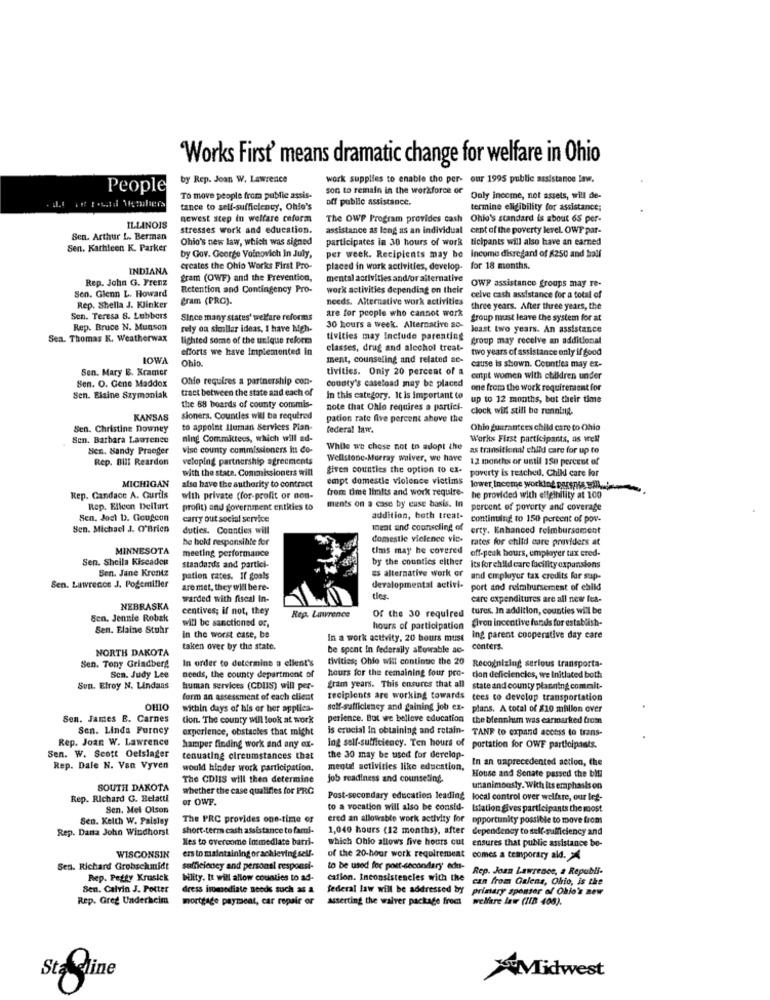
Works First' means dramatic change for welfare in Ohio
by Rep. Joan W. Lawrence
work supplies to enable the per- our 1995 publie assistance law.
People
son to remain in the workforce or
To move people from public assis-
off public assistance.
Only income, not assets, will de-
tance to sell-sufficiency, Ohio's
termine eligibility for assistance;
newest step in welfare ceform
The OWP Program provides cash Ohle's standard is about 65 per-
ILLINOIS
stresses work and education.
assistance as long as an individual cent of the poverty level. OWP par-
Sen. Arthur L. Berman
Ohio's new law, which was signed
participates in 30 hours of work ticipants will also have an earned
Sen. Kathleen K. Parker
by Gov. George Voinovich In July,
per week. Recipients may be income disregard of $250 and half
INDIANA
creates the Ohio Works First Pro-
placed in work activities, develop- for 18 months.
Rep. John G. Frenz
gram (OWF) and the Prevention,
mental activities and/or alternative
Sen. Glenn L. Howard
Retention and Contingency Pro-
work activities depending on their
OWR assistance groups may re-
gram (PRO).
needs. Alternative work activities
celve cash assistance for a total of
Rep. Shella J. Klinker
are for people who cannot work
three years. After three years, the
Sen. Teresa 8. Lubbers
Since many states' welfare reforms
group must leave the system for at
Rep. Bruce N. Munson
rely on similar ideas, I have high-
30 hours a week. Alternative so-
least two years. An assistance
Sea. Thomas K. Weatherwax
lighted some of the urlque reform
tivities may Include parenting
group may receive an additional
efforts we have Implemented in
classes, drug and alcohol treat-
two years of assistance only if good
IOWA
Ohio
ment, counseling and related ac-
cause is shown. Counties may ex-
Sen. Mary E. Kramer
tivities. Only 20 percent of a
Sen. O. Gene Maddox
Ohfe requires a partnership con-
county's caseload may be placed
catpt women with children under
tract between the state and each of
one from the work requirenaent for
Sen. Elaine Szymoniak
In this category. It is important to up to 12 months, but their time
the 88 boards of county conmis-
note that Ohio requires a partici-
clock will still be running.
KANSAS
sioners. Counties will be required
pation rate five percent above the
Sen. Christine Downey
to appoint Iluman Services Plan-
federal law.
Ohio guarantees child care to Ohio
Sen. Barbara Lawrence
ning Committees, which will ad-
Works First participants, as well
Sen. Sandy Praeger
vise county commissioners in co-
While we chose not to adopt the
as transitional child care for up to
Rep. Bill Reardon
veloping partnership agreements
Wellstone-Murray waiver, we have
12 months or until 150 percent of
with the state. Commissioners will
given counties the option to ex-
poverty is reached, Child care for
MICHIGAN
empt domestic violence victims
also have the authority to contract
from time limits and work require-
lower Income working purspis il
Rep. Candace A. Curtis
with private (for-profit or non-
he provided with elfeinility at 100
Rep. Elleen Dellart
profit) and government entities to
ments on a case by cuse basis. In
percent of poverty and coverage
Sen, Joel b. Gougeon
carry out social service
addition, both treat-
continuing to 150 percent of pov-
Sen. Michael J. O'Brien
duties. Counties will
Ineat and counseling of erty. Enhanced reimbursement
he held responsible for
domestle vielence vic- rates for child care providers at
MINNESOTA
meeting performance
tims may be covered off-peak hours, employer tax cred-
Sen. Sheila Kiseaden
standards and partici-
Sen. Jane Krontz
by the counties either its for child care facility expansions
pation rates. If goals
as alternative work or and cmpluryur tax credits for sup-
Sen. Lawrence J. Pogemiller
are met, they will bere-
developmental activi- port and reimbursement of child
warded with fiscal In-
tles.
care expenditures are all neer fea-
NEBRASKA
centives; if not, they
turus. In addition, counties will be
Sen. Jennie Robak
will be sanctioned or
Rep. Lawrence
Of the 30 required
Civon incentive funds for establish-
Sen. Elaine Stuhr
hours of participation
In the worst case, be
In a work activity, 20 bours muse ing parent cooperative day care
ing parent cooperative day care
NORTH DAKOTA
taken over by the state.
be spent in federally allowable ac-
centers.
Sen. Tony Grindberg
In order to determine a ellent's
tivities; Ohio will continue the 20
Recognizing serious transporta-
Sen. Judy Lee
needs, the county department of
hours for the remaining four pro- cion deficiencies, we Initiated both
Sun. Elroy N. Lindaas
human services (CDUS) will per-
gram years. This ensures that all
state and county planning commit-
form an assessment of each client
recipients are working towards tees to develop transportation
OHIO
within days of his or her applies-
self-sufficiency and gaining job ex-
plans. A total of $10 milion over
Sen. James B. Carnes
tion. The county will look at work
perience. But we believe education the blennhum was earmarked from
Sen. Linda Furney
experience, obstacles that might
is crucial In obtaining and retain- TANF to expand access to trans-
Rep. Joan W. Lawrence
hamper finding work and any ex-
Ing self-sufficiency. Ten hours of portation for OWE participants.
Sen. W. Scott Oelslager
cenuating circumstances that
the 30 may be used for derelop-
In an unprecedented action, the
Rep. Dale N. Van Vyven
would hinder work participation.
mental activities like education,
The CDIIS will then determine
job readiness and counseling.
House and Senate passed the bifi
SOUTH DAKOTA
whether the case qualifies for PRC
unanimously. With its emphasis on
Rep. Richard G. Belatti
or OWF.
Post-secondary education leading local control over welfare, our let-
local control over welfare, our let-
Sen. Mel Olson
to a vocation will also be consid-
to a vocation will also be consid- Istation gives participants the most
Sen. Keith W. Paisley
The PRC provides one-time or
ered an allowable work activity for
opportunity possible to move from
Rep. Dana John Windhorst
short-term cash assistance to fammi-
1,040 hours (12 months), after dependency to self-sufficiency and
dependency to self-sufficiency and
Nes to overcome Inmedlate barri-
which Ohio allows five hours cut ensures that public assistance be-
ers to maintaining or achieving self-
WISCONSIN
of the 20-hour work requirement comes a temporary ald.
comes a temporary ald.
Sen. Richard Grobschmidt
sufficiency and personal responsi-
to be used for post-secondary edu-
Rep. Joan Lawrence, a Republi-
Rep. Petty Krusick
bility. It will allow counties to ad-
cation. Inconsistencies with the can from Galena, Ohio, is the
Sen. Calvin J. Potter
dress immediate needs such as a
federal law will be addressed by
primary sponsor of Ohio's new
Rep. Greg Underheim
mortgage payment, car repair or
asserting the waiver package from welfare law (IIB 408).
Sta dine
Midwest